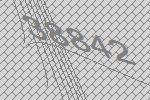
38842